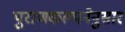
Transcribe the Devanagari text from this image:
पुराणकल्पनेनुसार